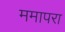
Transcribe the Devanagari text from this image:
ममापरा